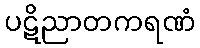
ပဋိညာတကရဏံ